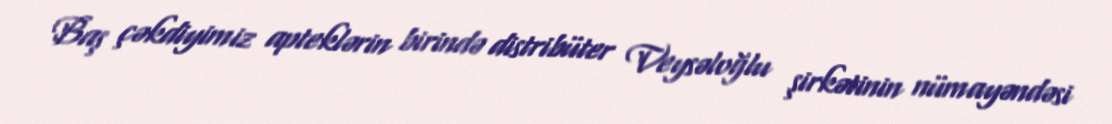
Baş çəkdiyimiz apteklərin birində distribüter Veysəloğlu şirkətinin nümayəndəsi